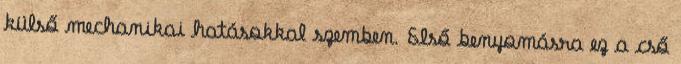
külső mechanikai hatásokkal szemben. Első benyomásra ez a cső